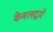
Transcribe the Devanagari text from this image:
केबलद्वारे